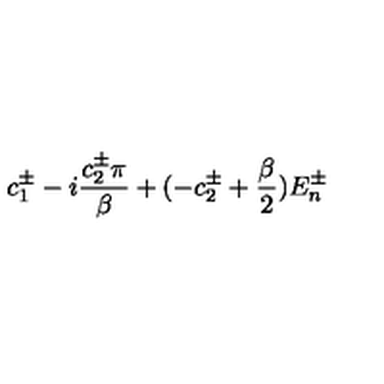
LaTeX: c _ { 1 } ^ { \pm } - i \frac { c _ { 2 } ^ { \pm } \pi } { \beta } + ( - c _ { 2 } ^ { \pm } + \frac { \beta } { 2 } ) E _ { n } ^ { \pm }